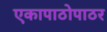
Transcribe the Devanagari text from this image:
एकापाठोपाठर